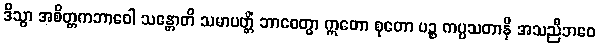
ဒိသွာ အစိတ္တကဘာဝေါ သန္တောတိ သမာပတ္တိံ ဘာဝေတွာ ဣတော စုတော ပဉ္စ ကပ္ပသတာနိ အသညီဘဝေ